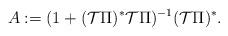
LaTeX: \begin{align*} A:= (1+(\mathcal{T} \Pi)^* \mathcal{T} \Pi )^{-1}(\mathcal{T} \Pi)^*.\end{align*}